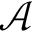
\mathcal { A }